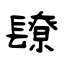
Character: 镽